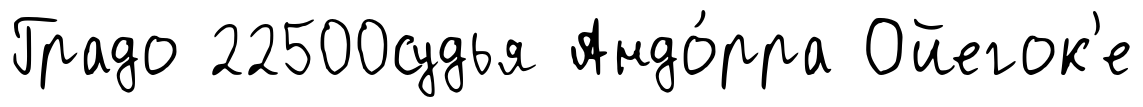
Градо 22500судья Андо́рра Ойегок'е